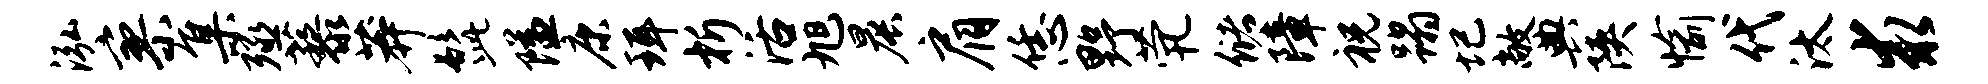
泓寥集殛藜莽髭隘康珥析活旭晨肩恁野茕储障祝蹋圮敞典陕愉代汰求